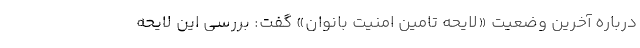
درباره آخرین وضعیت «لایحه تامین امنیت بانوان» گفت: بررسی این لایحه